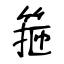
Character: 箍